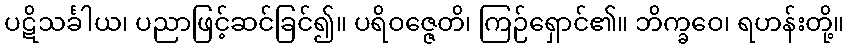
ပဋိသင်္ခါယ၊ ပညာဖြင့်ဆင်ခြင်၍။ ပရိဝဇ္ဇေတိ၊ ကြဉ်ရှောင်၏။ ဘိက္ခဝေ၊ ရဟန်းတို့။